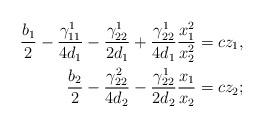
LaTeX: \begin{align*}\frac{b_1}2-\frac{\gamma_{11}^1}{4d_1}-\frac{\gamma_{22}^1}{2d_1}+\frac{\gamma_{22}^1}{4d_1}\frac{x_1^2}{x_2^2}&=cz_1,\\\frac{b_2}2-\frac{\gamma_{22}^2}{4d_2}-\frac{\gamma_{22}^1}{2d_2}\frac{x_1}{x_2}&=cz_2;\end{align*}